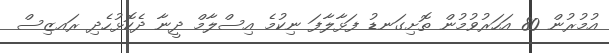
އުމުރުން 80 އަހަރުވުމުން ތޮށިގަނޑު ފަޅާލާފަ ނިކުމެ އިސްލާމް ދީނާ ދެކޮޅުހެދި ރައޒިސް